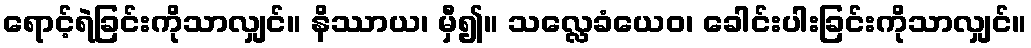
ရောင့်ရဲခြင်းကိုသာလျှင်။ နိဿာယ၊ မှီ၍။ သလ္လေခံယေဝ၊ ခေါင်းပါးခြင်းကိုသာလျှင်။